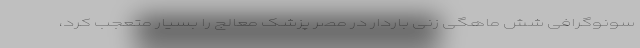
سونوگرافی شش ماهگی زنی باردار در مصر پزشک معالج را بسیار متعجب کرد،